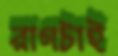
রাগটাই